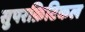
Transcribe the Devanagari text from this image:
सुपरक्रिटिकल